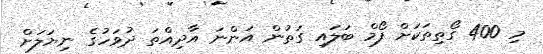
މި 400 ގޯތިތަކަށް ފޯމް ބަލައި ގަތުން އަންނަ އާދިއްތަ ދުވަހުގެ ނިޔަލަށް